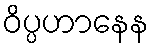
ဝိပ္ပဟာနေန